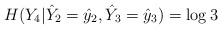
\begin{align*}H(Y_4|\hat{Y}_2=\hat{y}_2, \hat{Y}_3=\hat{y}_3)=\log 3 \end{align*}